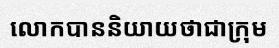
លោកបាននិយាយថាជាក្រុម